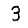
Digit: 3